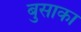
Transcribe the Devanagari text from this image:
बुसाका